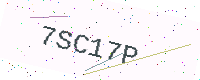
Text: 7SC17P